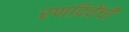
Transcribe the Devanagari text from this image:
रणदिवेंची